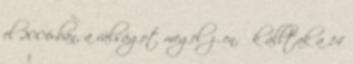
el 2006-ban, a válságot megelőzően, ők álltak a 14